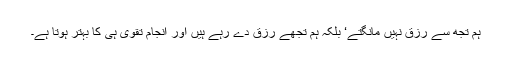
ہم تجھ سے رزق نہیں مانگتے‘ بلکہ ہم تجھے رزق دے رہے ہیں اور انجام تقویٰ ہی کا بہتر ہوتا ہے۔